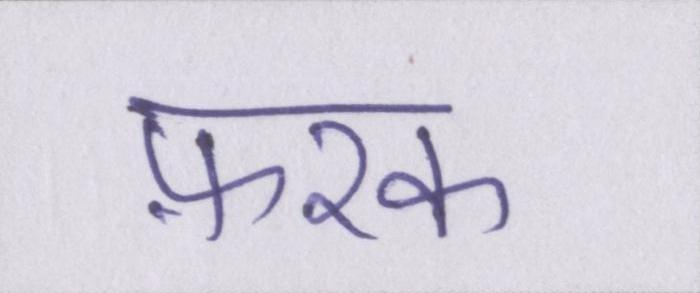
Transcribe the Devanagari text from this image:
फ़रक